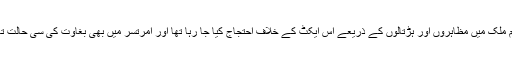
تمام ملک میں مظاہروں اور ہڑتالوں کے ذریعے اس ایکٹ کے خلاف احتجاج کیا جا رہا تھا اور امرتسر میں بھی بغاوت کی سی حالت تھی۔